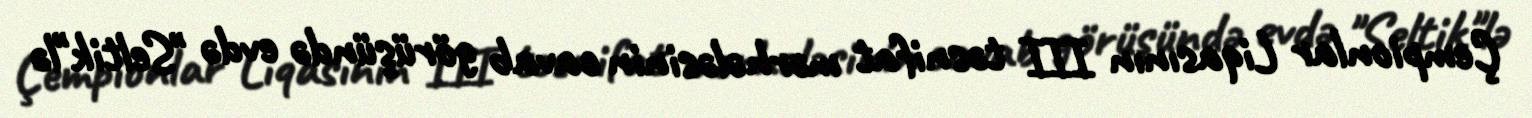
Çempionlar Liqasının III təsnifat mərhələsinin cavab görüşündə evdə "Seltik"lə